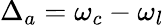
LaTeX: \Delta_{a}=\omega_{c}-\omega_{l}